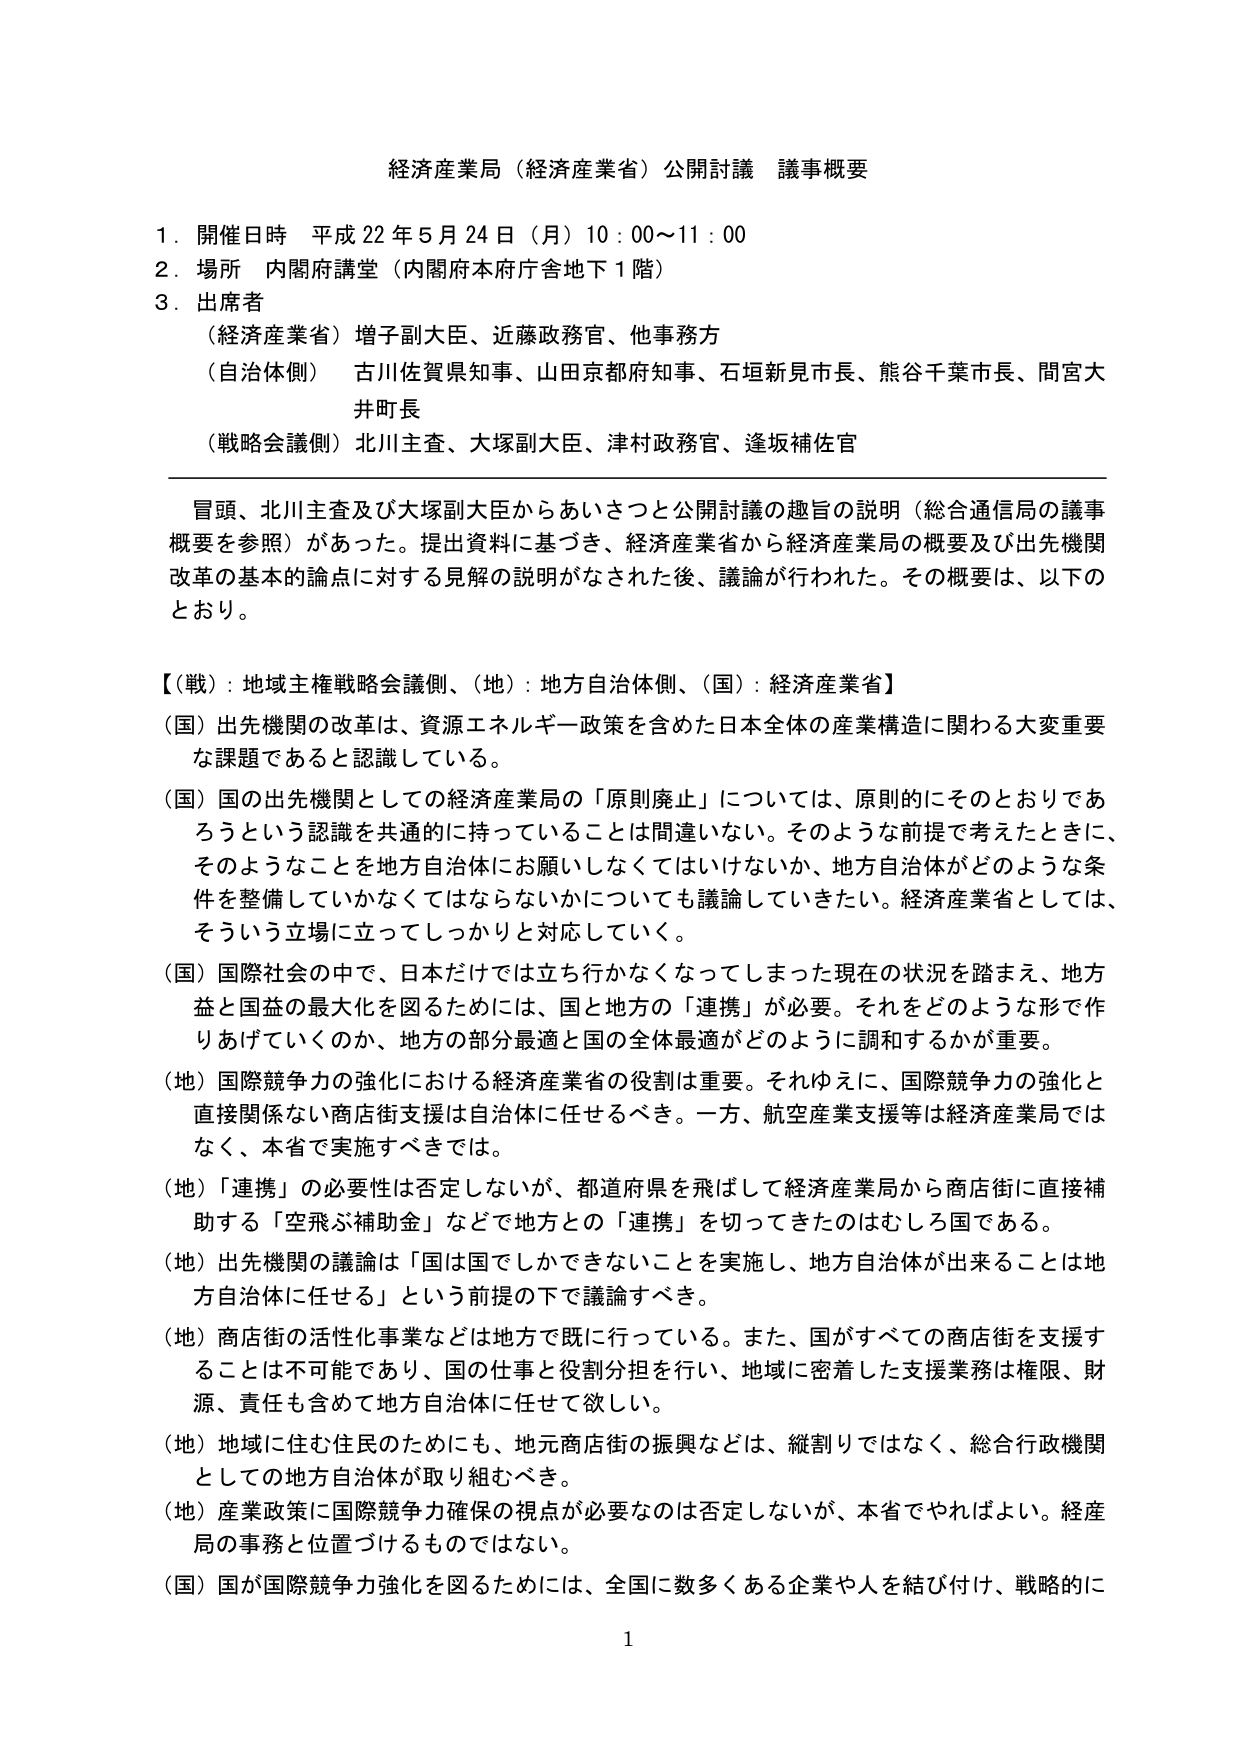
経済産業局（経済産業省）公開討議 議事概要

１．開催日時 平成22年5月24日（月）10：00～11：00
２．場所 内閣府講堂（内閣府本府庁舎地下1階）
３．出席者
　（経済産業省）増子副大臣、近藤政務官、他事務方
　（自治体側）古川佐賀県知事、山田京都府知事、石垣新見市長、熊谷千葉市長、間宮大井町長
　（戦略会議側）北川主査、大塚副大臣、津村政務官、逢坂補佐官

冒頭、北川主査及び大塚副大臣からあいさつと公開討議の趣旨の説明（総合通信局の議事概要を参照）があった。提出資料に基づき、経済産業省から経済産業局の概要及び出先機関改革の基本的論点に対する見解の説明がなされた後、議論が行われた。その概要は、以下のとおり。

【戦】：地域主権戦略会議側、（地）：地方自治体側、（国）：経済産業省】

（国）出先機関の改革は、資源エネルギー政策を含めた日本全体の産業構造に関わる大変重要な課題であると認識している。

（国）国の出先機関としての経済産業局の「原則廃止」については、原則的にそのとおりであろうという認識を共通的に持っていることは間違いない。そのような前提で考えたときに、そのようなことを地方自治体にお願いしなくてはいけないか、地方自治体がどのような条件を整備していかなくてはならないかについても議論していきたい。経済産業省としては、そういう立場に立ってしっかりと対応していく。

（国）国際社会の中で、日本だけでは立ち行かなくなってしまった現在の状況を踏まえ、地方益と国益の最大化を図るためには、国と地方の「連携」が必要。それをどのような形で作りあげていくのか、地方の部分最適と国の全体最適がどのように調和するかが重要。

（地）国際競争力の強化における経済産業省の役割は重要。それゆえに、国際競争力の強化と直接関係ない商店街支援は自治体に任せるべき。一方、航空産業支援等は経済産業局ではなく、本省で実施すべきでは。

（地）「連携」の必要性は否定しないが、都道府県を飛ばして経済産業局から商店街に直接補助する「空飛ぶ補助金」などで地方との「連携」を切ってきたのはむしろ国である。

（地）出先機関の議論は「国は国でしかできないことを実施し、地方自治体が出来ることは地方自治体に任せる」という前提の下で議論すべき。

（地）商店街の活性化事業などは地方で既に行っている。また、国がすべての商店街を支援することは不可能であり、国の仕事と役割分担を行い、地域に密着した支援業務は権限、財源、責任も含めて地方自治体に任せて欲しい。

（地）地域に住む住民のためにも、地元商店街の振興などは、縦割りではなく、総合行政機関としての地方自治体が取り組むべき。

（地）産業政策に国際競争力確保の視点が必要なのは否定しないが、本省でやればよい。経産局の事務と位置づけるものではない。

（国）国が国際競争力強化を図るためには、全国に数多くある企業や人を結び付け、戦略的に

1